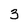
Character: 3